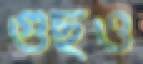
গুছও